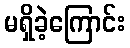
မရှိခဲ့ကြောင်း